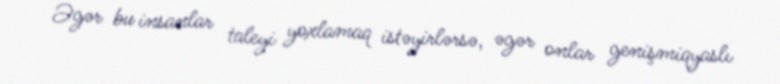
Əgər bu insanlar taleyi yoxlamaq istəyirlərsə, əgər onlar genişmiqyaslı